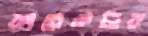
কারেকটার